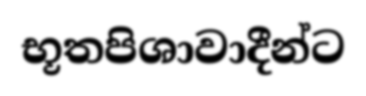
භූතපිශාවාදීන්ට